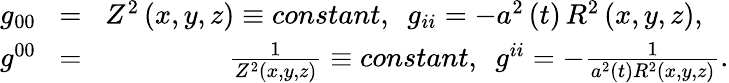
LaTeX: \begin{array}{rlr}{g_{00}}&{\! =\! }&{Z^{2}\left(x,y,z\right)\equiv constant,~~g_{ii}=-a^{2}\left(t\right)\, R^{2}\left(x,y,z\right),~~~}\\ {g^{00}}&{\! =\! }&{\frac{1}{Z^{2}\left(x,y,z\right)}\equiv constant,~~g^{ii}=-\frac{1}{a^{2}\left(t\right)R^{2}\left(x,y,z\right)}.}\end{array}